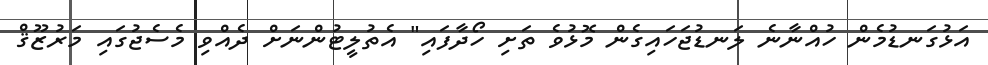
އަޅުގަނޑުމެން ހުއްނާނެ ލަނޑުޖަހައިގެން މޮޅުވެ ތަށި ހޯދާފައި" އެތުލީޓުންނަށް ދެއްވި މެސެޖުގައި މަރުޒޫޤް